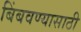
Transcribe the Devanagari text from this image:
बिंबवण्यासाठी